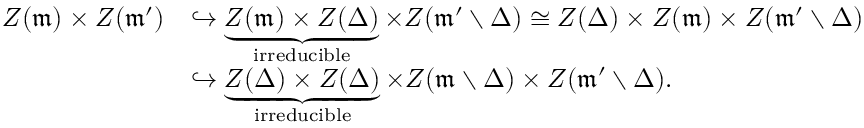
\begin{array} { r l } { Z ( \mathfrak { m } ) \times Z ( \mathfrak { m } ^ { \prime } ) } & { \hookrightarrow \underbrace { Z ( \mathfrak { m } ) \times Z ( \Delta ) } _ { \mathrm { i r r e d u c i b l e } } \times Z ( \mathfrak { m } ^ { \prime } \setminus \Delta ) \cong Z ( \Delta ) \times Z ( \mathfrak { m } ) \times Z ( \mathfrak { m } ^ { \prime } \setminus \Delta ) } \\ & { \hookrightarrow \underbrace { Z ( \Delta ) \times Z ( \Delta ) } _ { \mathrm { i r r e d u c i b l e } } \times Z ( \mathfrak { m } \setminus \Delta ) \times Z ( \mathfrak { m } ^ { \prime } \setminus \Delta ) . } \end{array}